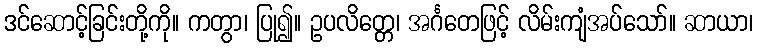
ဒင်ဆောင့်ခြင်းတို့ကို။ ကတွာ၊ ပြု၍။ ဥပလိတ္တေ၊ အင်္ဂတေဖြင့် လိမ်းကျံအပ်သော်။ ဆာယာ၊